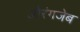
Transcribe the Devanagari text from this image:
अौरंगजेब